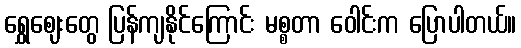
ရွှေဈေးတွေ ပြန်ကျနိုင်ကြောင်း မစ္စတာ ဝေါင်းက ပြောပါတယ်။